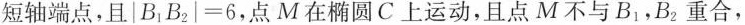
短轴端点，且|B1B2|=6，点M在椭圆C上运动，且点M不与B1，B2重合，